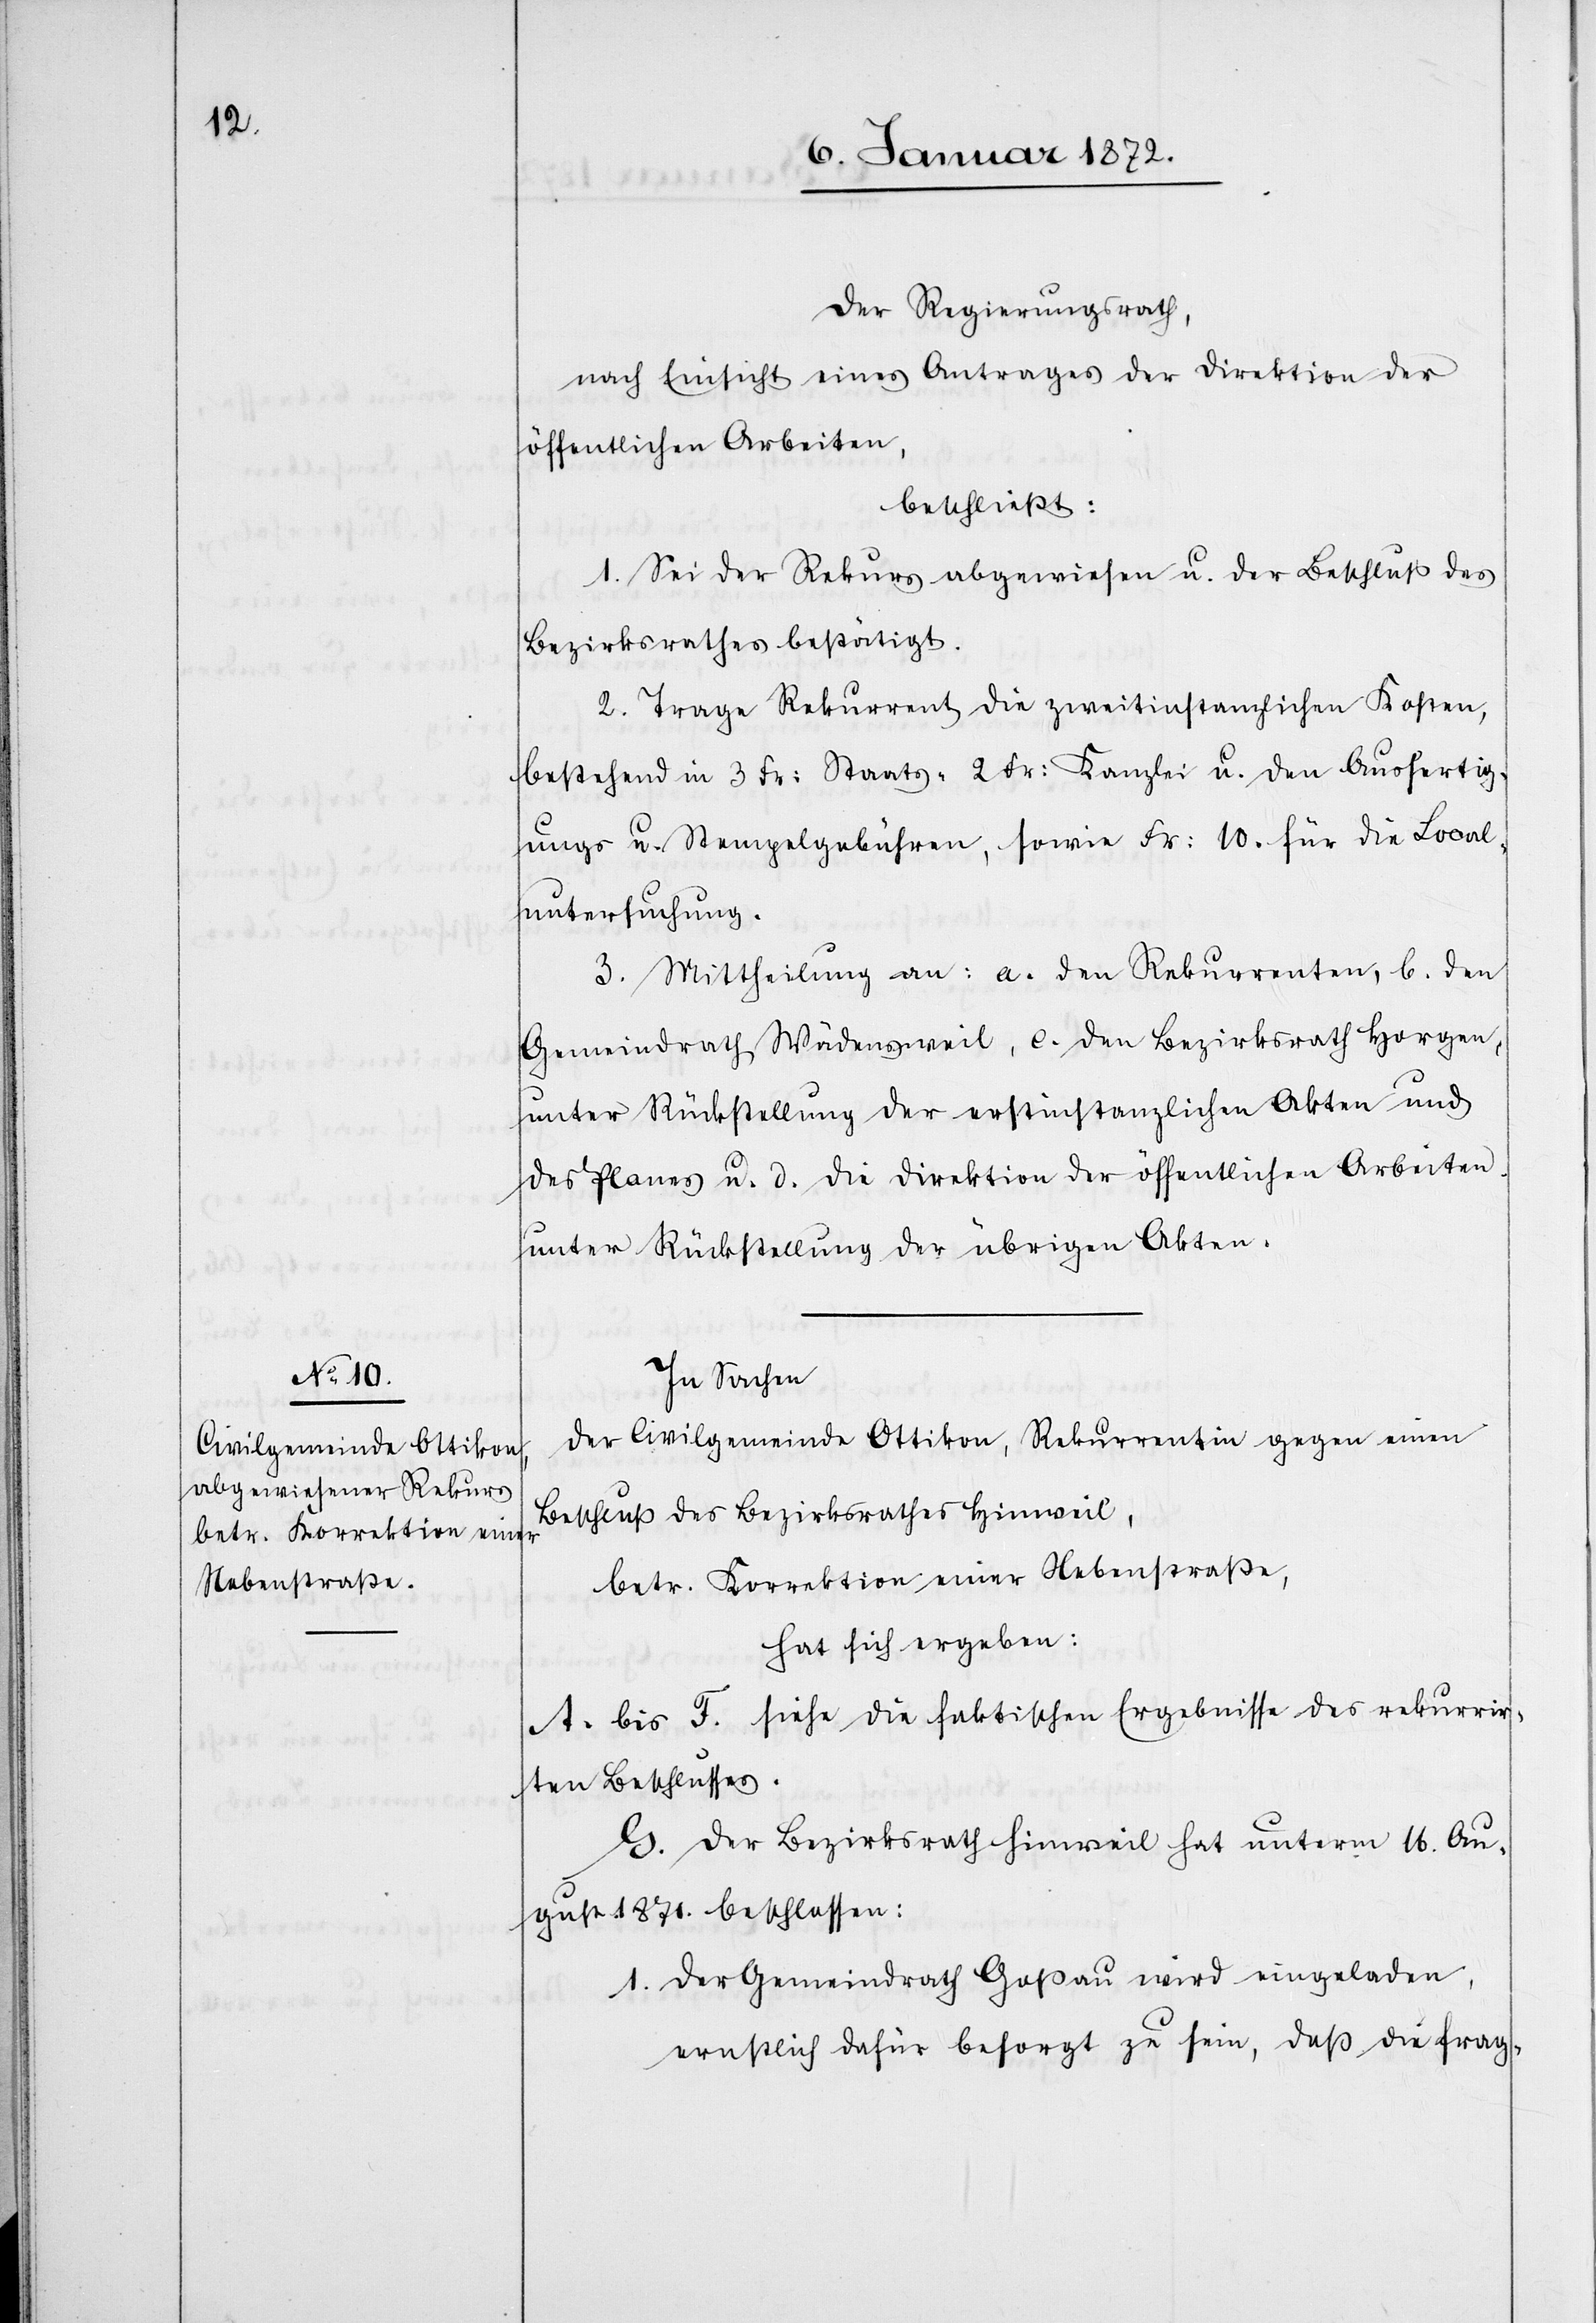
Der Regierungsrath,
nach Einsicht eines Antrages der Direktion der
öffentlichen Arbeiten,
beschließt:
1. Sei der Rekurs abgewiesen u. der Beschluß des
Bezirksrathes bestätigt.
2. Trage Rekurrent die zweitinstanzlichen Kosten,
bestehend in 3 Fr: Staats-[,] 2 Fr: Kanzlei u. den Ausfertig¬
ungs u. Stempelgebühren, sowie Fr: 10. für die Local¬
untersuchung.
3. Mittheilung an: a. den Rekurrenten, b. den
Gemeindrath Wädensweil, c. den Bezirksrath Horgen,
unter Rückstellung der erstinstanzlichen Akten und
des Planes u. d. die Direktion der öffentlichen Arbeiten
unter Rückstellung der übrigen Akten.
In Sachen
der Civilgemeinde Ottikon, Rekurrentin gegen einen
Beschluß des Bezirksrathes Hinweil,
betr. Korrektion einer Nebenstraße,
hat sich ergeben:
A. bis F. siehe die faktischen Ergebnisse des rekurrir¬
ten Beschlusses.
G. Der Bezirksrath Hinweil hat unterm 11. Au¬
gust 1871. beschlossen:
Der Gemeindrath Goßau wird eingeladen,
ernstlich dafür besorgt zu sein, daß die frag-